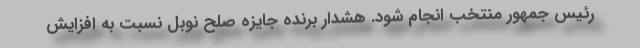
رئیس جمهور منتخب انجام شود. هشدار برنده جایزه صلح نوبل نسبت به افزایش